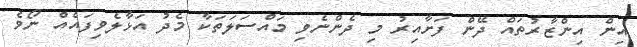
އިން އިންޒާރުތައް ދޭން ފަށާއިރު މި ދެންނެވި މައްސަލަތަކާ މެދު އަޅާލެވިފައެއް ނޯވެ